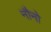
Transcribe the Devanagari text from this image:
नौनो